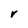
Character: V